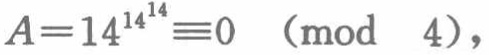
\(A = 14^{14^{14}}\equiv0\ (\text{mod } 4)\)